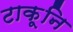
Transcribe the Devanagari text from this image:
टाकूनि